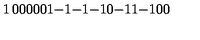
\begin{matrix} { 1 } & { 0 } & { 0 } & { 0 } \\ { 0 } & { 0 } & { 1 } & { - 1 } \\ { - 1 } & { - 1 } & { 0 } & { - 1 } \\ { 1 } & { - 1 } & { 0 } & { 0 } \\ \end{matrix}